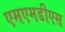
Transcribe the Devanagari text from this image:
एमएमडीएस